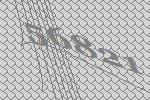
56821